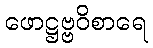
ဖောဋ္ဌဗ္ဗဝိစာရေ